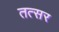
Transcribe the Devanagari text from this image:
तत्सर